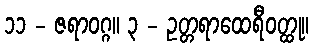
၁၁ - ဇရာဝဂ္ဂ။ ၃ - ဥတ္တရာထေရီဝတ္ထု။